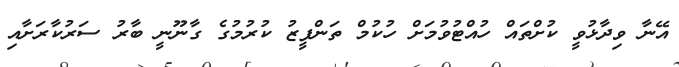
އޭނާ ވިދާޅުވީ ކުށްތައް ހުއްޓުވުމަށް ހުކުމް ތަންފީޒު ކުރުމުގެ ގާނޫނީ ބާރު ސަރުކާރަށާއި